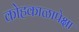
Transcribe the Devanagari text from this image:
कोहकाळापेक्षा